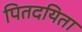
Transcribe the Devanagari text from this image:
पितदयिता